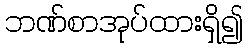
ဘဏ်စာအုပ်ထားရှိ၍